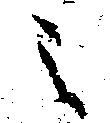
之